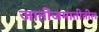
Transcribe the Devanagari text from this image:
जातीजमातीतील